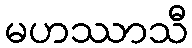
မဟဿာသီ